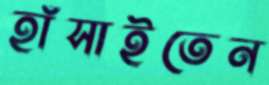
হাঁসাইতেন